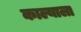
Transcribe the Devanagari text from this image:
काल्याला